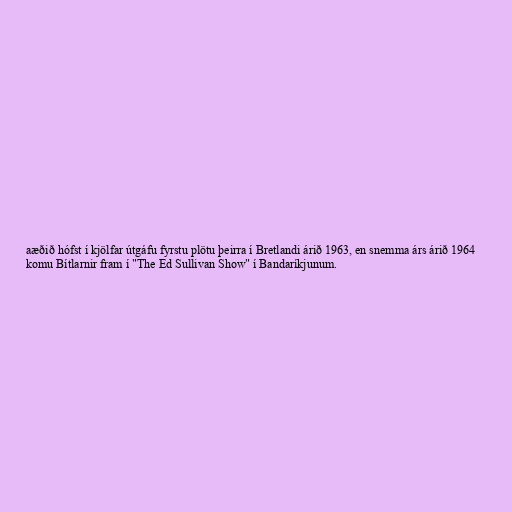
aæðið hófst í kjölfar útgáfu fyrstu plötu þeirra í Bretlandi árið 1963, en snemma árs árið 1964
komu Bítlarnir fram í "The Ed Sullivan Show" í Bandaríkjunum.